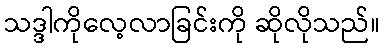
သဒ္ဒါကိုလေ့လာခြင်းကို ဆိုလိုသည်။